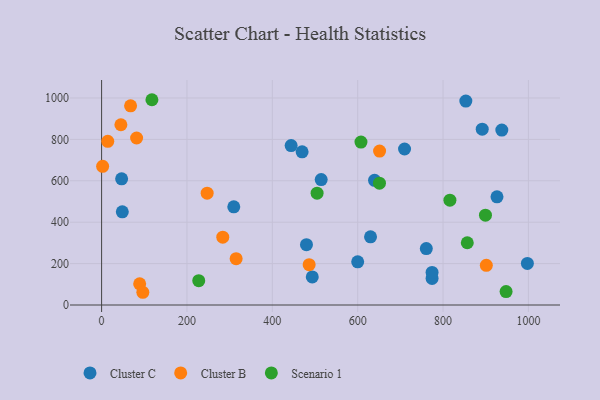
{"axis": {"x": "Speed", "y": "Profit"}, "legend": ["Cluster B", "Cluster C", "Scenario 1"], "data": [{"x": "600.0", "y": 208.5, "type": "Cluster C"}, {"x": "46.9", "y": 609.7, "type": "Cluster C"}, {"x": "630.1", "y": 329.4, "type": "Cluster C"}, {"x": "937.7", "y": 845.1, "type": "Cluster C"}, {"x": "774.3", "y": 128.2, "type": "Cluster C"}, {"x": "760.8", "y": 272.4, "type": "Cluster C"}, {"x": "709.8", "y": 753.6, "type": "Cluster C"}, {"x": "997.6", "y": 201.0, "type": "Cluster C"}, {"x": "469.8", "y": 739.9, "type": "Cluster C"}, {"x": "514.5", "y": 605.9, "type": "Cluster C"}, {"x": "639.5", "y": 602.3, "type": "Cluster C"}, {"x": "926.4", "y": 522.4, "type": "Cluster C"}, {"x": "444.1", "y": 770.1, "type": "Cluster C"}, {"x": "493.6", "y": 135.6, "type": "Cluster C"}, {"x": "853.4", "y": 985.1, "type": "Cluster C"}, {"x": "480.0", "y": 291.6, "type": "Cluster C"}, {"x": "774.3", "y": 157.6, "type": "Cluster C"}, {"x": "48.5", "y": 449.9, "type": "Cluster C"}, {"x": "309.7", "y": 474.3, "type": "Cluster C"}, {"x": "891.8", "y": 849.4, "type": "Cluster C"}, {"x": "45.2", "y": 870.8, "type": "Cluster B"}, {"x": "89.2", "y": 102.2, "type": "Cluster B"}, {"x": "283.9", "y": 327.8, "type": "Cluster B"}, {"x": "247.3", "y": 540.2, "type": "Cluster B"}, {"x": "901.4", "y": 191.6, "type": "Cluster B"}, {"x": "315.2", "y": 223.8, "type": "Cluster B"}, {"x": "486.3", "y": 194.7, "type": "Cluster B"}, {"x": "651.3", "y": 743.4, "type": "Cluster B"}, {"x": "67.9", "y": 962.0, "type": "Cluster B"}, {"x": "96.6", "y": 61.5, "type": "Cluster B"}, {"x": "2.4", "y": 670.1, "type": "Cluster B"}, {"x": "14.4", "y": 790.7, "type": "Cluster B"}, {"x": "82.0", "y": 806.6, "type": "Cluster B"}, {"x": "504.9", "y": 540.2, "type": "Scenario 1"}, {"x": "856.8", "y": 300.8, "type": "Scenario 1"}, {"x": "947.7", "y": 64.8, "type": "Scenario 1"}, {"x": "651.0", "y": 588.5, "type": "Scenario 1"}, {"x": "607.7", "y": 786.9, "type": "Scenario 1"}, {"x": "117.9", "y": 991.6, "type": "Scenario 1"}, {"x": "227.6", "y": 117.3, "type": "Scenario 1"}, {"x": "816.1", "y": 506.3, "type": "Scenario 1"}, {"x": "899.4", "y": 433.9, "type": "Scenario 1"}]}